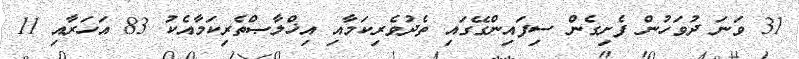
31 ވަނަ ދުވަހުން ފެށިގެން ސިފައިންގޭގައި ތެދުވެރިކަމާއި އިޚްލާޞްތެރިކަމާއެކު 83 އަހަރާއި 11